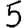
Digit: 5